Lunatic asylums Bombay report 1891-1903 - 1891-1903
Year: 1891
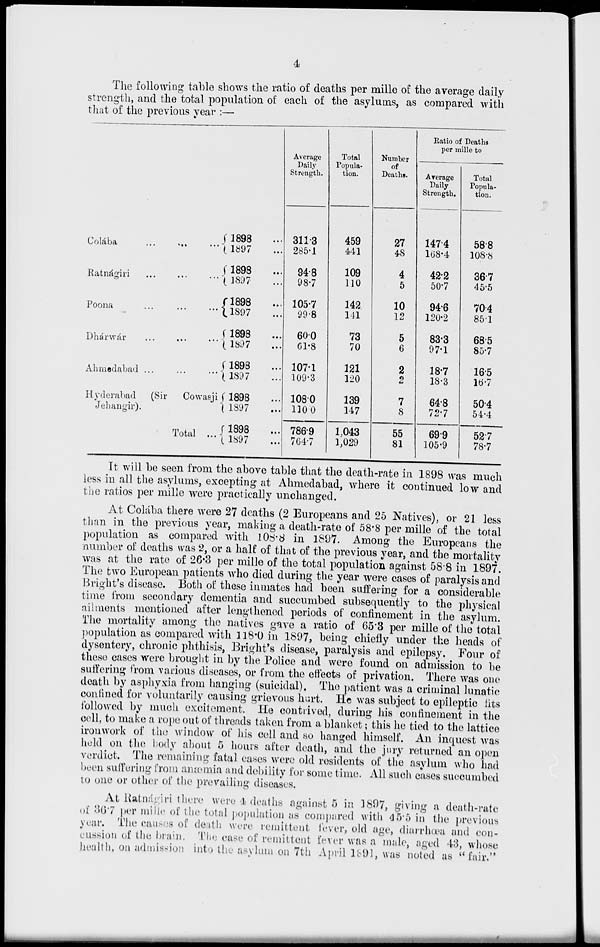
4
The following table shows the ratio of deaths per mille of the average daily
strength, and the total population of each of the asylums, as compared with
that of the previous year :—
Colába ... ... ...
Ratnágiri ... ... ...
Poona ... ... ...
Dhánwár ... ... ...
Ahmedabad ...
...
...
Hyderabad
(Sir
Cowasji
Jehangir).
Total ...
1898 ...
1897 ...
1898 ...
1897 ...
1898 ...
1897 ...
1898 ...
1897 ...
1898 ...
1897 ...
1898 ...
1897 ...
1898 ...
1897 ...
Average
Daily
Strength.
311.3
285.1
94.8
98.7
105.7
99.8
60.0
61.8
107.1
109.3
108.0
110.0
786.9
764.7
Total
Popula-
tion.
459
441
109
110
142
141
73
70
121
120
139
147
1,043
1,029
Number
of
Deaths.
27
48
4
5
10
12
5
6
2
2
7
8
55
81
Ratio of Deaths
per mille to
Arerage
Daily
Strength.
147.4
168.4
42.2
50.7
94.6
120.2
83.3
97.1
18.7
18.3
64.8
72.7
69.9
105.9
Total
Popula-
tion.
58.8
108.8
36.7
45.5
70.4
85.1
68.5
85.7
16.5
16.7
50.4
54.4
52.7
78.7
It will be seen from the above table that the death-rate in 1898 was much
less in all the asylums, excepting at Ahmedabad, where it continued low and
the ratios per mille were practically unchanged.
At Colába there were 27 deaths (2 Europeans and 25 Natives), or 21 less
than in the previous year, making a death-rate of 58.8 per mille of the total
population as compared with 108.8 in 1897. Among the Europeans the
number of deaths was 2, or a half of that of the previous year, and the mortality
was at the rate of 26.3 per mille of the total population against 58.8 in 1897.
The two European patients who died during the year were cases of paralysis and
Bright's disease. Both of these inmates had been suffering for a considerable
time from secondary dementia and succumbed subsequently to the physical
ailments mentioned after lengthened periods of confinement in the asylum.
The mortality among the natives gave a ratio of 65.3 per mille of the total
population as compared with 118.0 in 1897, being chiefly under the heads of
dysentery, chronic phthisis, Bright's disease, paralysis and epilepsy. Four of
these cases were brought in by the Police and were found on admission to be
suffering from various diseases, or from the effects of privation. There was one
death by asphyxia from hanging (suicidal). The patient was a criminal lunatic
confined for voluntarily causing grievous hurt. He was subject to epileptic fits
followed by much excitement. He contrived, during his confinement in the
cell, to make a rope out of threads taken from a blanket; this he tied to the lattice
ironwork of the window of his cell and so hanged himself. An inquest was
held on the body about 5 hours after death, and the jury returned an open
verdict. The remaining fatal cases were old residents of the asylum who had
been suffering from anæmia and debility for some time. All such cases succumbed
to one or other of the prevailing diseases.
At Ratnágiri there were 4 deaths against 5 in 1897, giving a death-rate
of 36.7 per mille of the total population as compared with 45.5 in the previous
year. The causes of death were remittent fever, old age, diarrhœa and con-
cussion of the brain. The case of remittent fever was a male, aged 43, whose
health, on admission into the asylum on 7th April 1891, was noted as "fair."